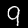
Label: 9